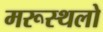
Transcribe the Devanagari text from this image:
मरूस्थलो